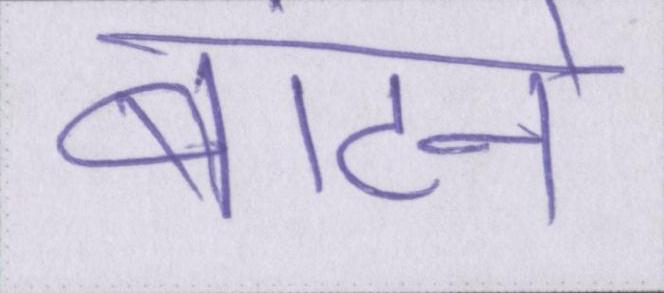
बांटने